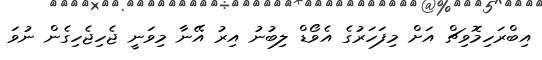
އިބްރަހިމޮވިޗް އަށް މިފަހަރުގެ އެވޯޑް ލިބުނު އިރު އޭނާ މިވަނީ ޖެހިޖެހިގެން ނުވަ